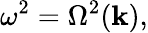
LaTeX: \omega^{2}=\Omega^{2}(\mathbf{k}),